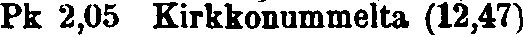
Pk 2,05 Kirkkonummelta (12,47)